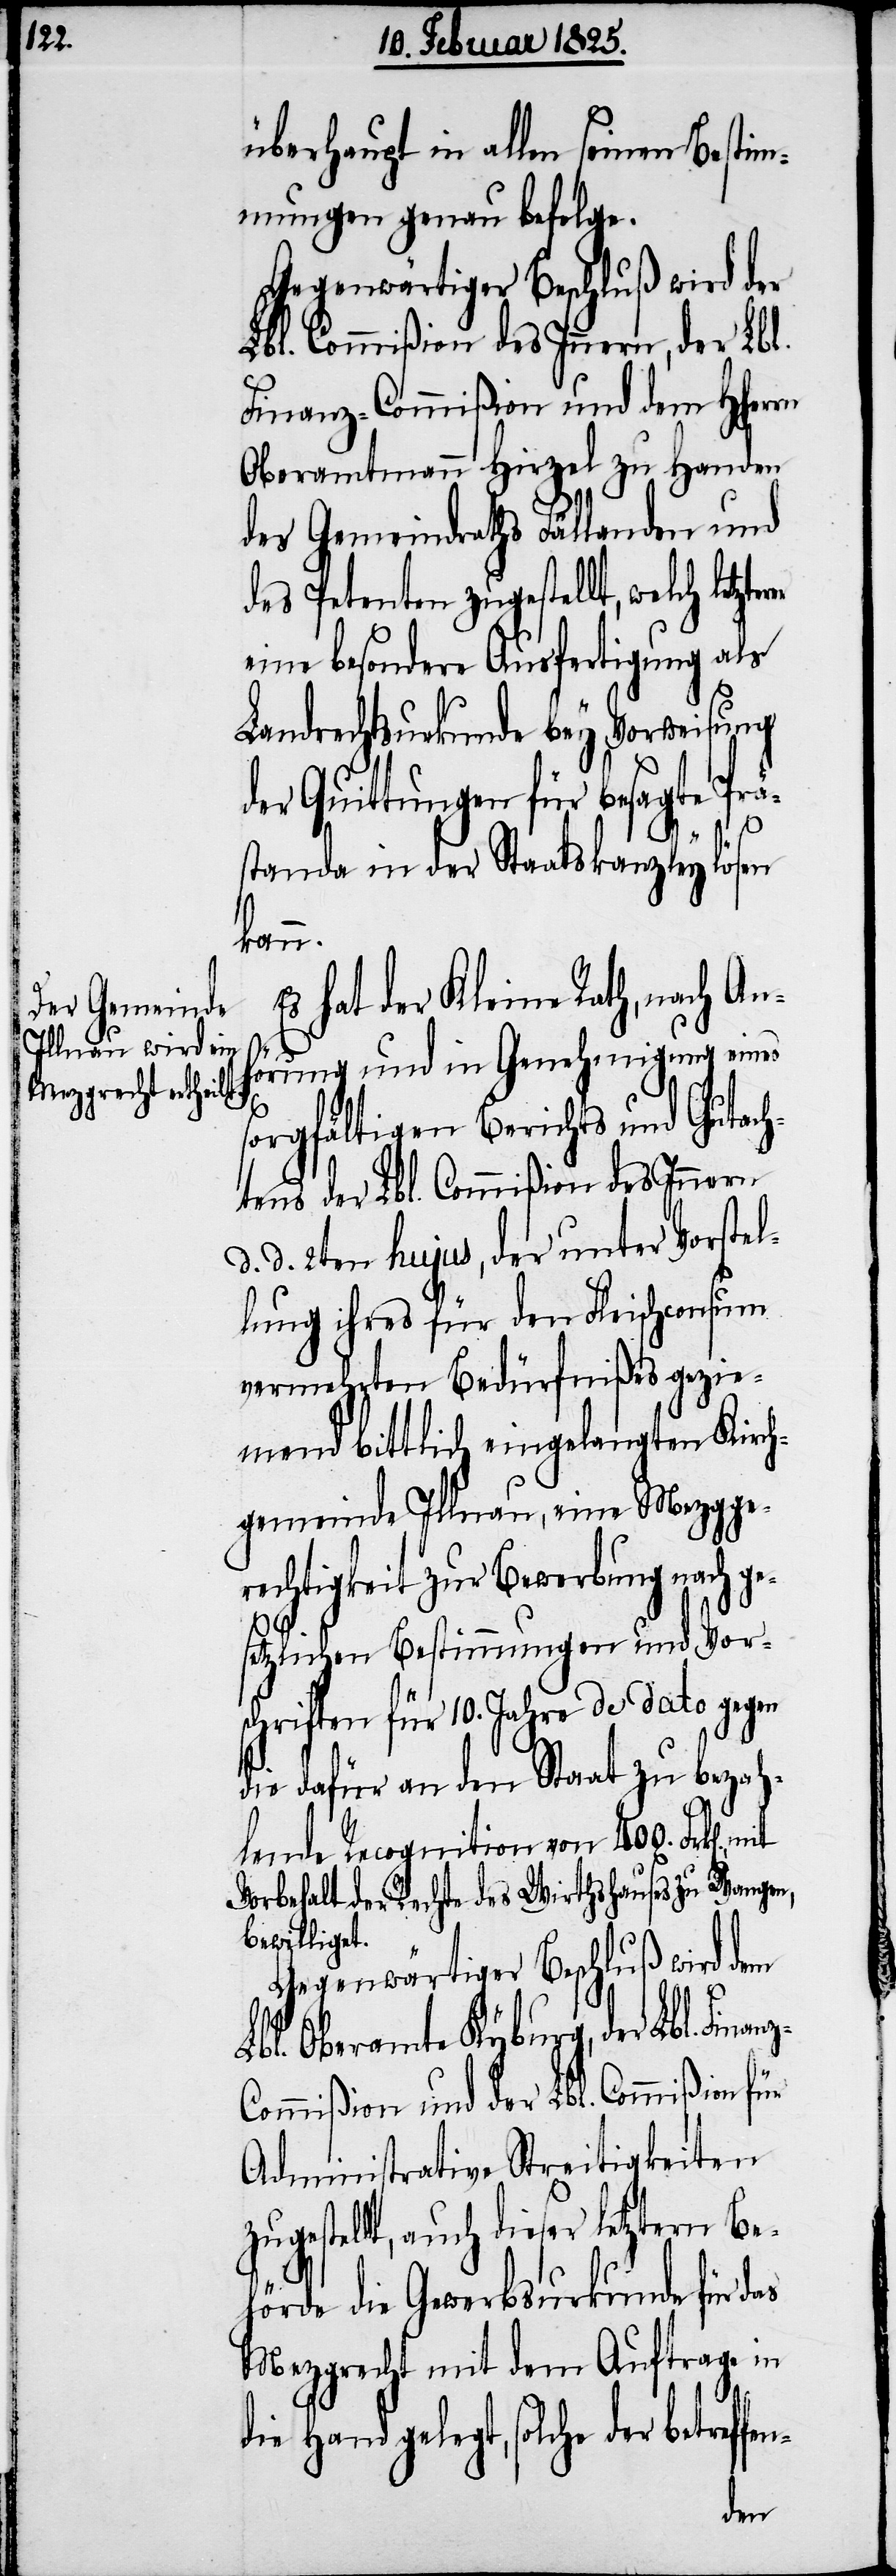
überhaupt in allen seinen Bestim¬
mungen genau befolge.
Gegenwärtiger Beschluß wird der
Lbl. Commißion des Innern, der Lbl.
Finanz-Commißion und dem HHerrn
Oberamtmann Hirzel zu Handen
des Gemeindraths Fällanden und
des Petenten zugestellt, welch letzt¬
eine besondere Ausfertigung als
Landrechtsurkunde bey Vorweisung
der Quittungen für besagte Prä¬
n].,
standa in der Staatskanzley lösen
kann.
Es hat der Kleine Rath, nach An¬
hörung und in Genehmigung eines
sorgfältigen Berichts und Gutach¬
tens der Lbl. Commißion des Innern
d. d. 2ten hujus, der unter Vorstel¬
lung ihres für den Fleischconsum
vermehrten Bedürfnißes gezie¬
mend bittlich eingelangten Kirch¬
gemeinde Illnau, eine Mezgge¬
rechtigkeit zur Bewerbung nach ge¬
setzlichen Bestimmungen und Vor¬
schriften für 10. Jahre de dato gegen
die dafür an den Staat zu bezah¬
lende Recognition von 400. Frk[e¬
Vorbehalt der Rechte des Wirthshauses zu Wangen,
bewilliget.
Gegenwärtiger Beschluß wird dem
Lbl. Oberamte Kyburg, der Lbl. Finan¬
ommißion und der Lbl. Commißion für
Administrative Streitigkeiten
gestellt, auch dieser letztern Be¬
hörde die Gewerbsurkunde für das
Mezgrecht mit dem Auftrage in
n-
die Hand gelegt, solche der betreffe¬